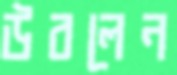
উবলেন